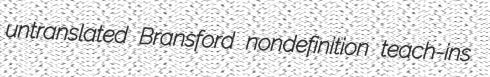
untranslated Bransford nondefinition teach-ins